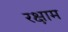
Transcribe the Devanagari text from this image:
रक्षाम